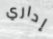
إداري